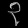
Digit: ၃